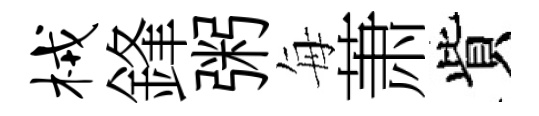
械鋒粥每萧貲